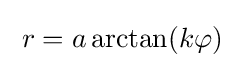
\;r=a\arctan(k\varphi )\;